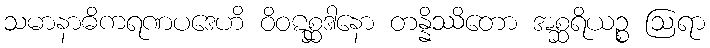
သမာနာဓိကရဏပဒေဟိ ဝိဝဋစ္ဆဒါနော တန္နိဿိတော အစ္ဆရိယဉ္စ ဩရာ